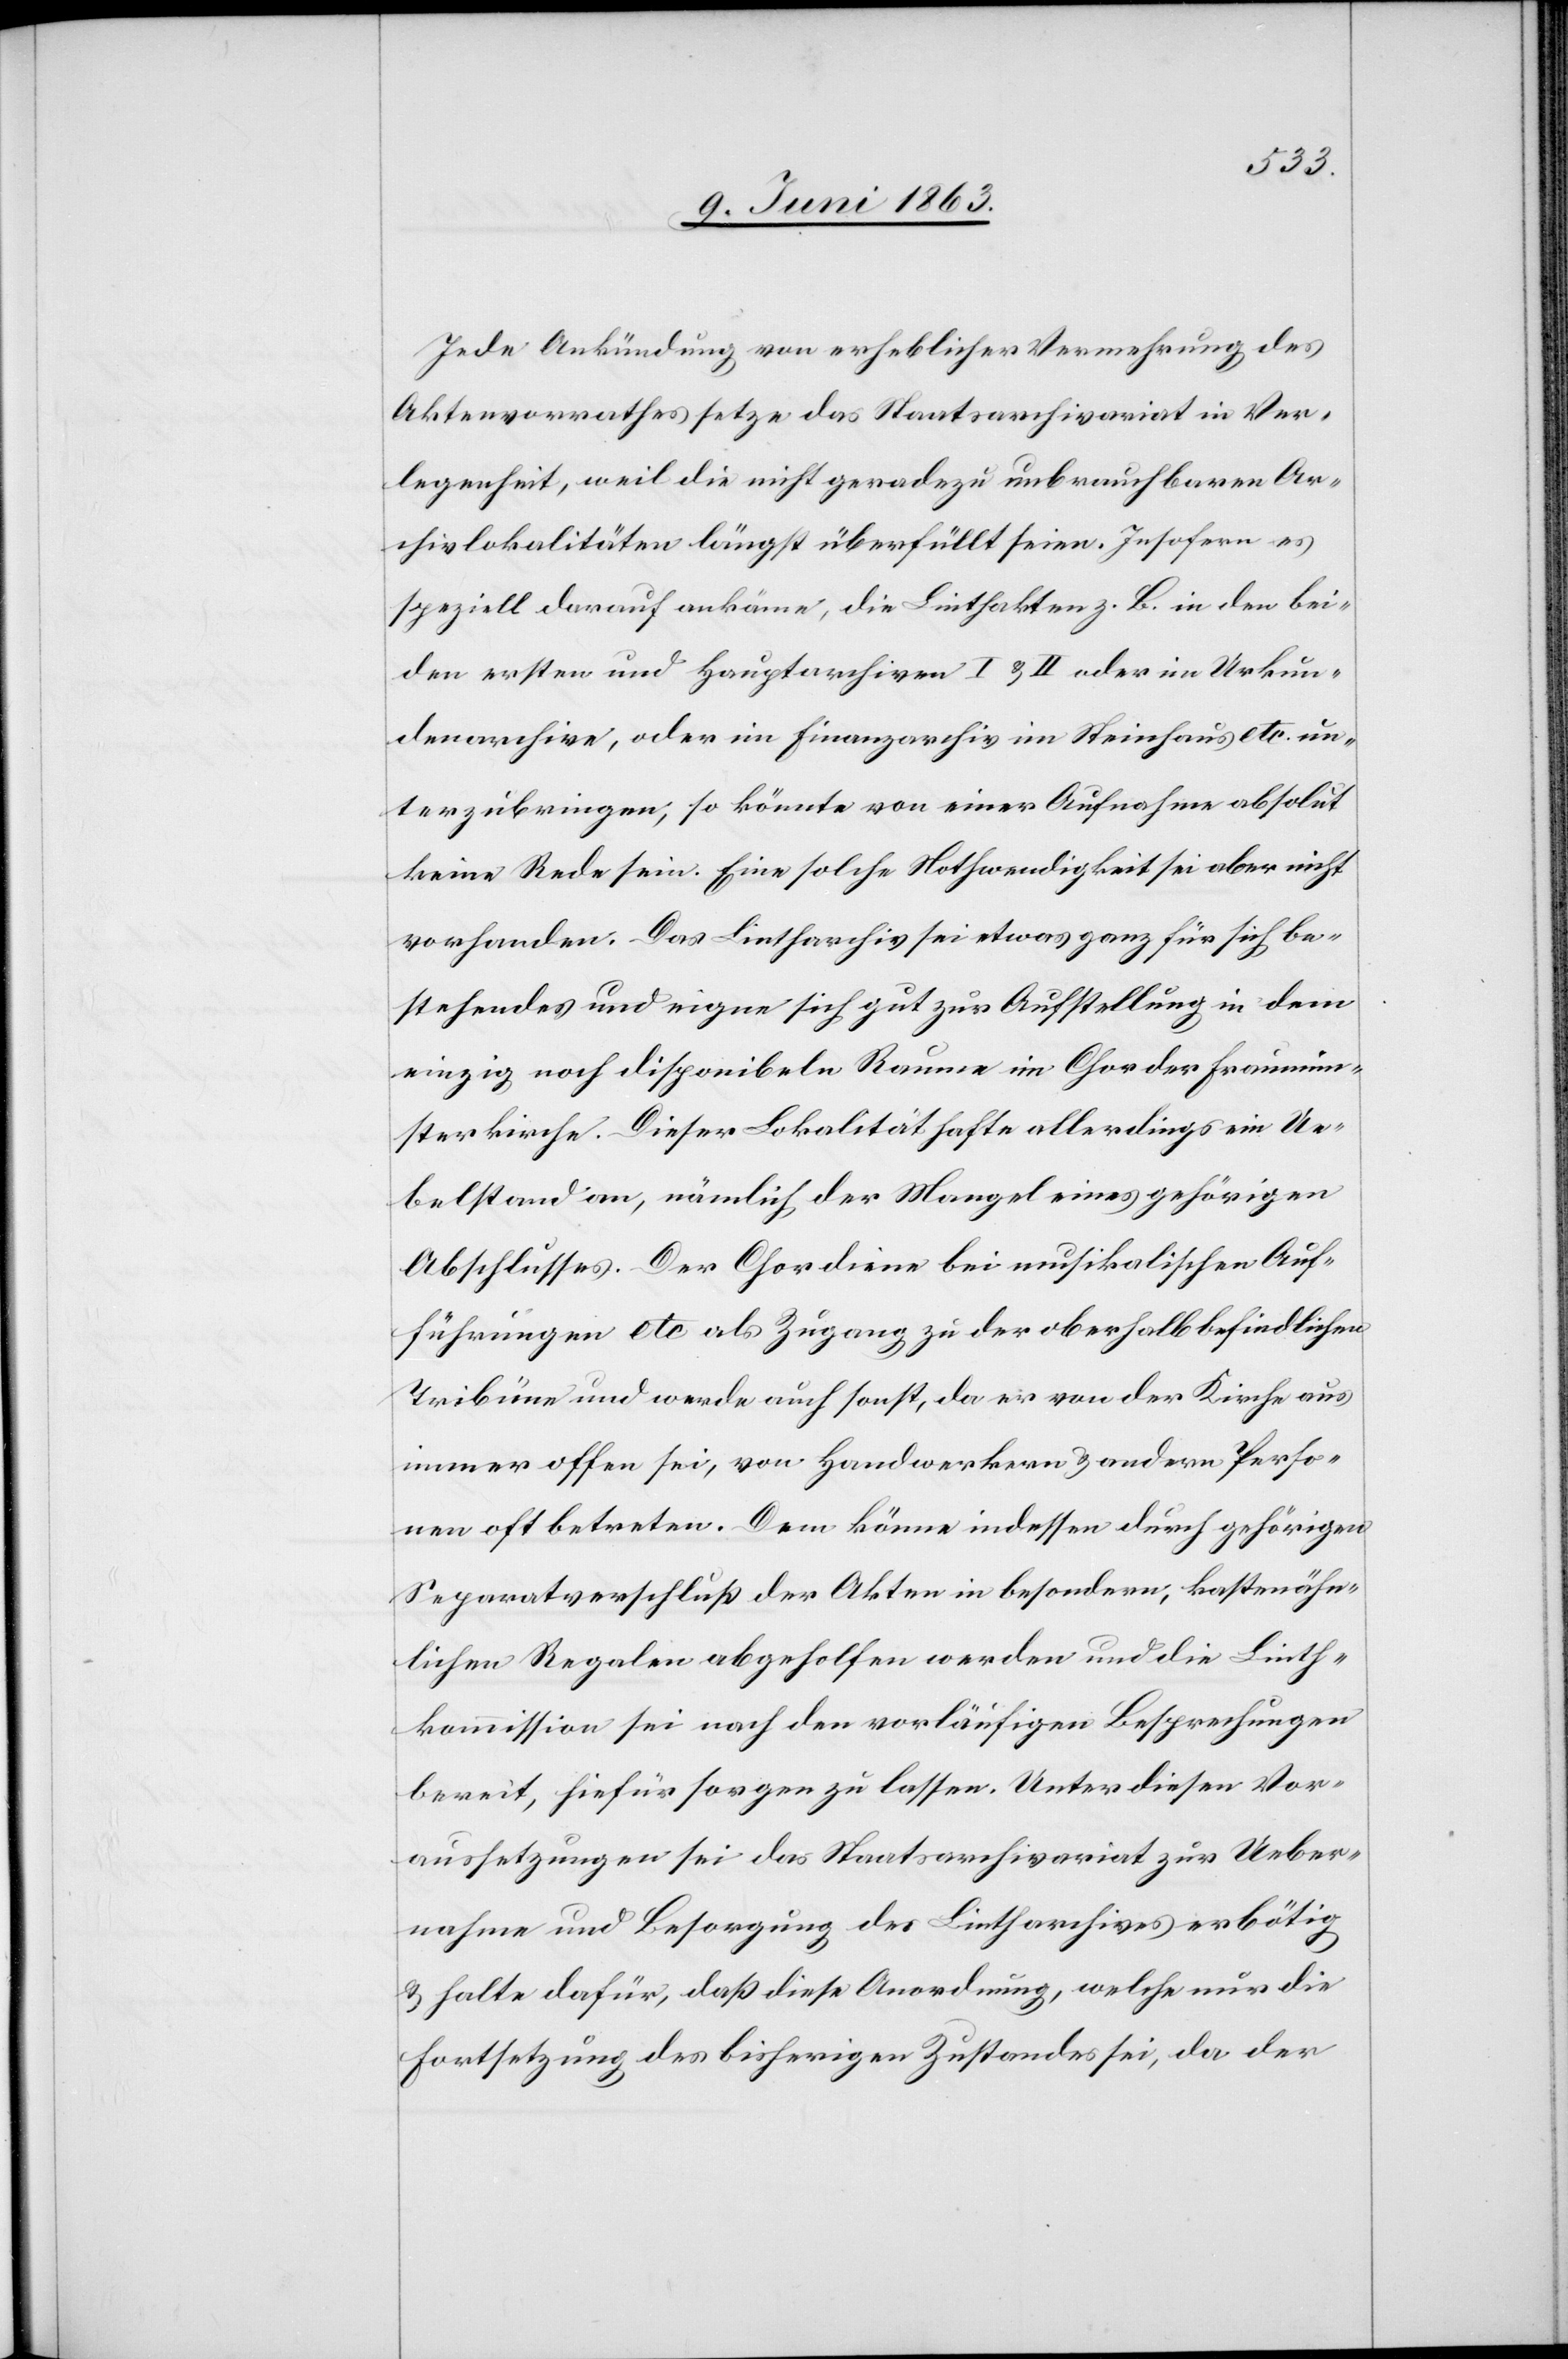
Jede Ankündung von erheblicher Vermehrung des
Aktenvorrathes setze das Staatsarchivariat in Ver¬
legenheit, weil die nicht geradezu unbrauchbaren Ar¬
chivlokalitäten längst überfüllt seien. Insofern es
speziell darauf ankäme, die Linthakten z. B. in den bei¬
den ersten und Hauptarchiven I & II oder im Urkun¬
denarchive, oder im Finanzarchiv im Steinhaus etc. un¬
terzubringen, so könnte von einer Aufnahme absolut
keine Rede sein. Eine solche Nothwendigkeit sei aber nicht
vorhanden. Das Lintharchiv sei etwas ganz für sich be¬
stehendes und eigne sich gut zur Ausstellung in dem
einzig noch disponibeln Raume im Chor der Fraumün¬
sterkirche. Dieser Lokalität hafte allerdings ein Ue¬
belstand an, nämlich der Mangel eines gehörigen
Abschlusses. Der Chor diene bei musikalischen Auf¬
führungen etc als Zugang zu der oberhalb befindlichen
Tribüne und werde auch sonst, da er von der Kirche aus
immer offen sei, von Handwerkern & andern Perso¬
nen oft betreten. Dem könne indessen durch gehörigen
Separatverschluß der Akten in besondern, kastenähn¬
lichen Regalen abgeholfen werden und die Linth¬
kommission sei nach den vorläufigen Besprechungen
bereit, hiefür sorgen zu lassen. Unter diesen Vor¬
aussetzungen sei das Staatsarchivariat zur Ueber¬
nahme und Besorgung des Lintharchives erbötig
& halte dafür, daß diese Anordnung, welche nur die
Fortsetzung des bisherigen Zustandes sei, da der